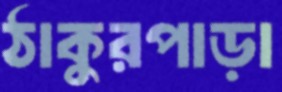
ঠাকুরপাড়া